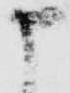
申